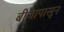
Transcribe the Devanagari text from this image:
बीजापासून